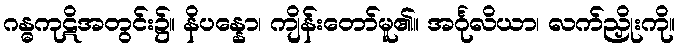
ဂန္ဓကုဋိအတွင်း၌။ နိပန္နော၊ ကျိန်းတော်မူ၏။ အင်္ဂုလိယာ၊ လက်ညှိုးကို။